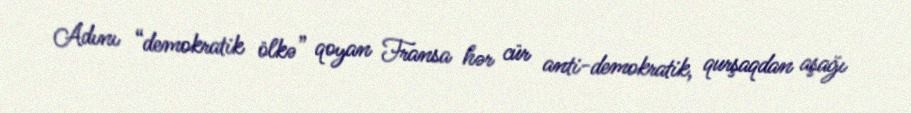
Adını “demokratik ölkə” qoyan Fransa hər cür anti-demokratik, qurşaqdan aşağı